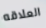
العلاقه